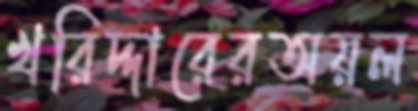
খরিদ্দারেরঅয়ল